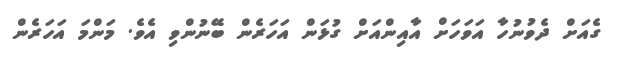
ގެއަށް ދެވުނުހާ އަވަހަށް އާއިންއަށް ގުޅަން އަހަރެން ބޭނުންވި އެވެ. މަންމަ އަހަރެން